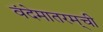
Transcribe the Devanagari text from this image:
वंदेमातरम्‌ची